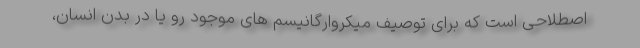
اصطلاحی است که برای توصیف میکروارگانیسم های موجود رو یا در بدن انسان،